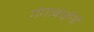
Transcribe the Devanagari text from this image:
गंगाबाईंनी